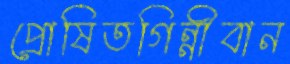
প্রোষিতগিন্নীবান